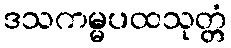
ဒသကမ္မပထသုတ္တံ